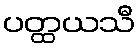
ပတ္ထယသီ